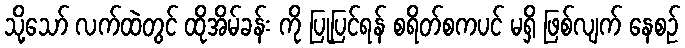
သို့သော် လက်ထဲတွင် ထိုအိမ်ခန်း ကို ပြုပြင်ရန် စရိတ်စကပင် မရှိ ဖြစ်လျက် နေစဉ်